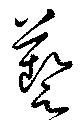
芸